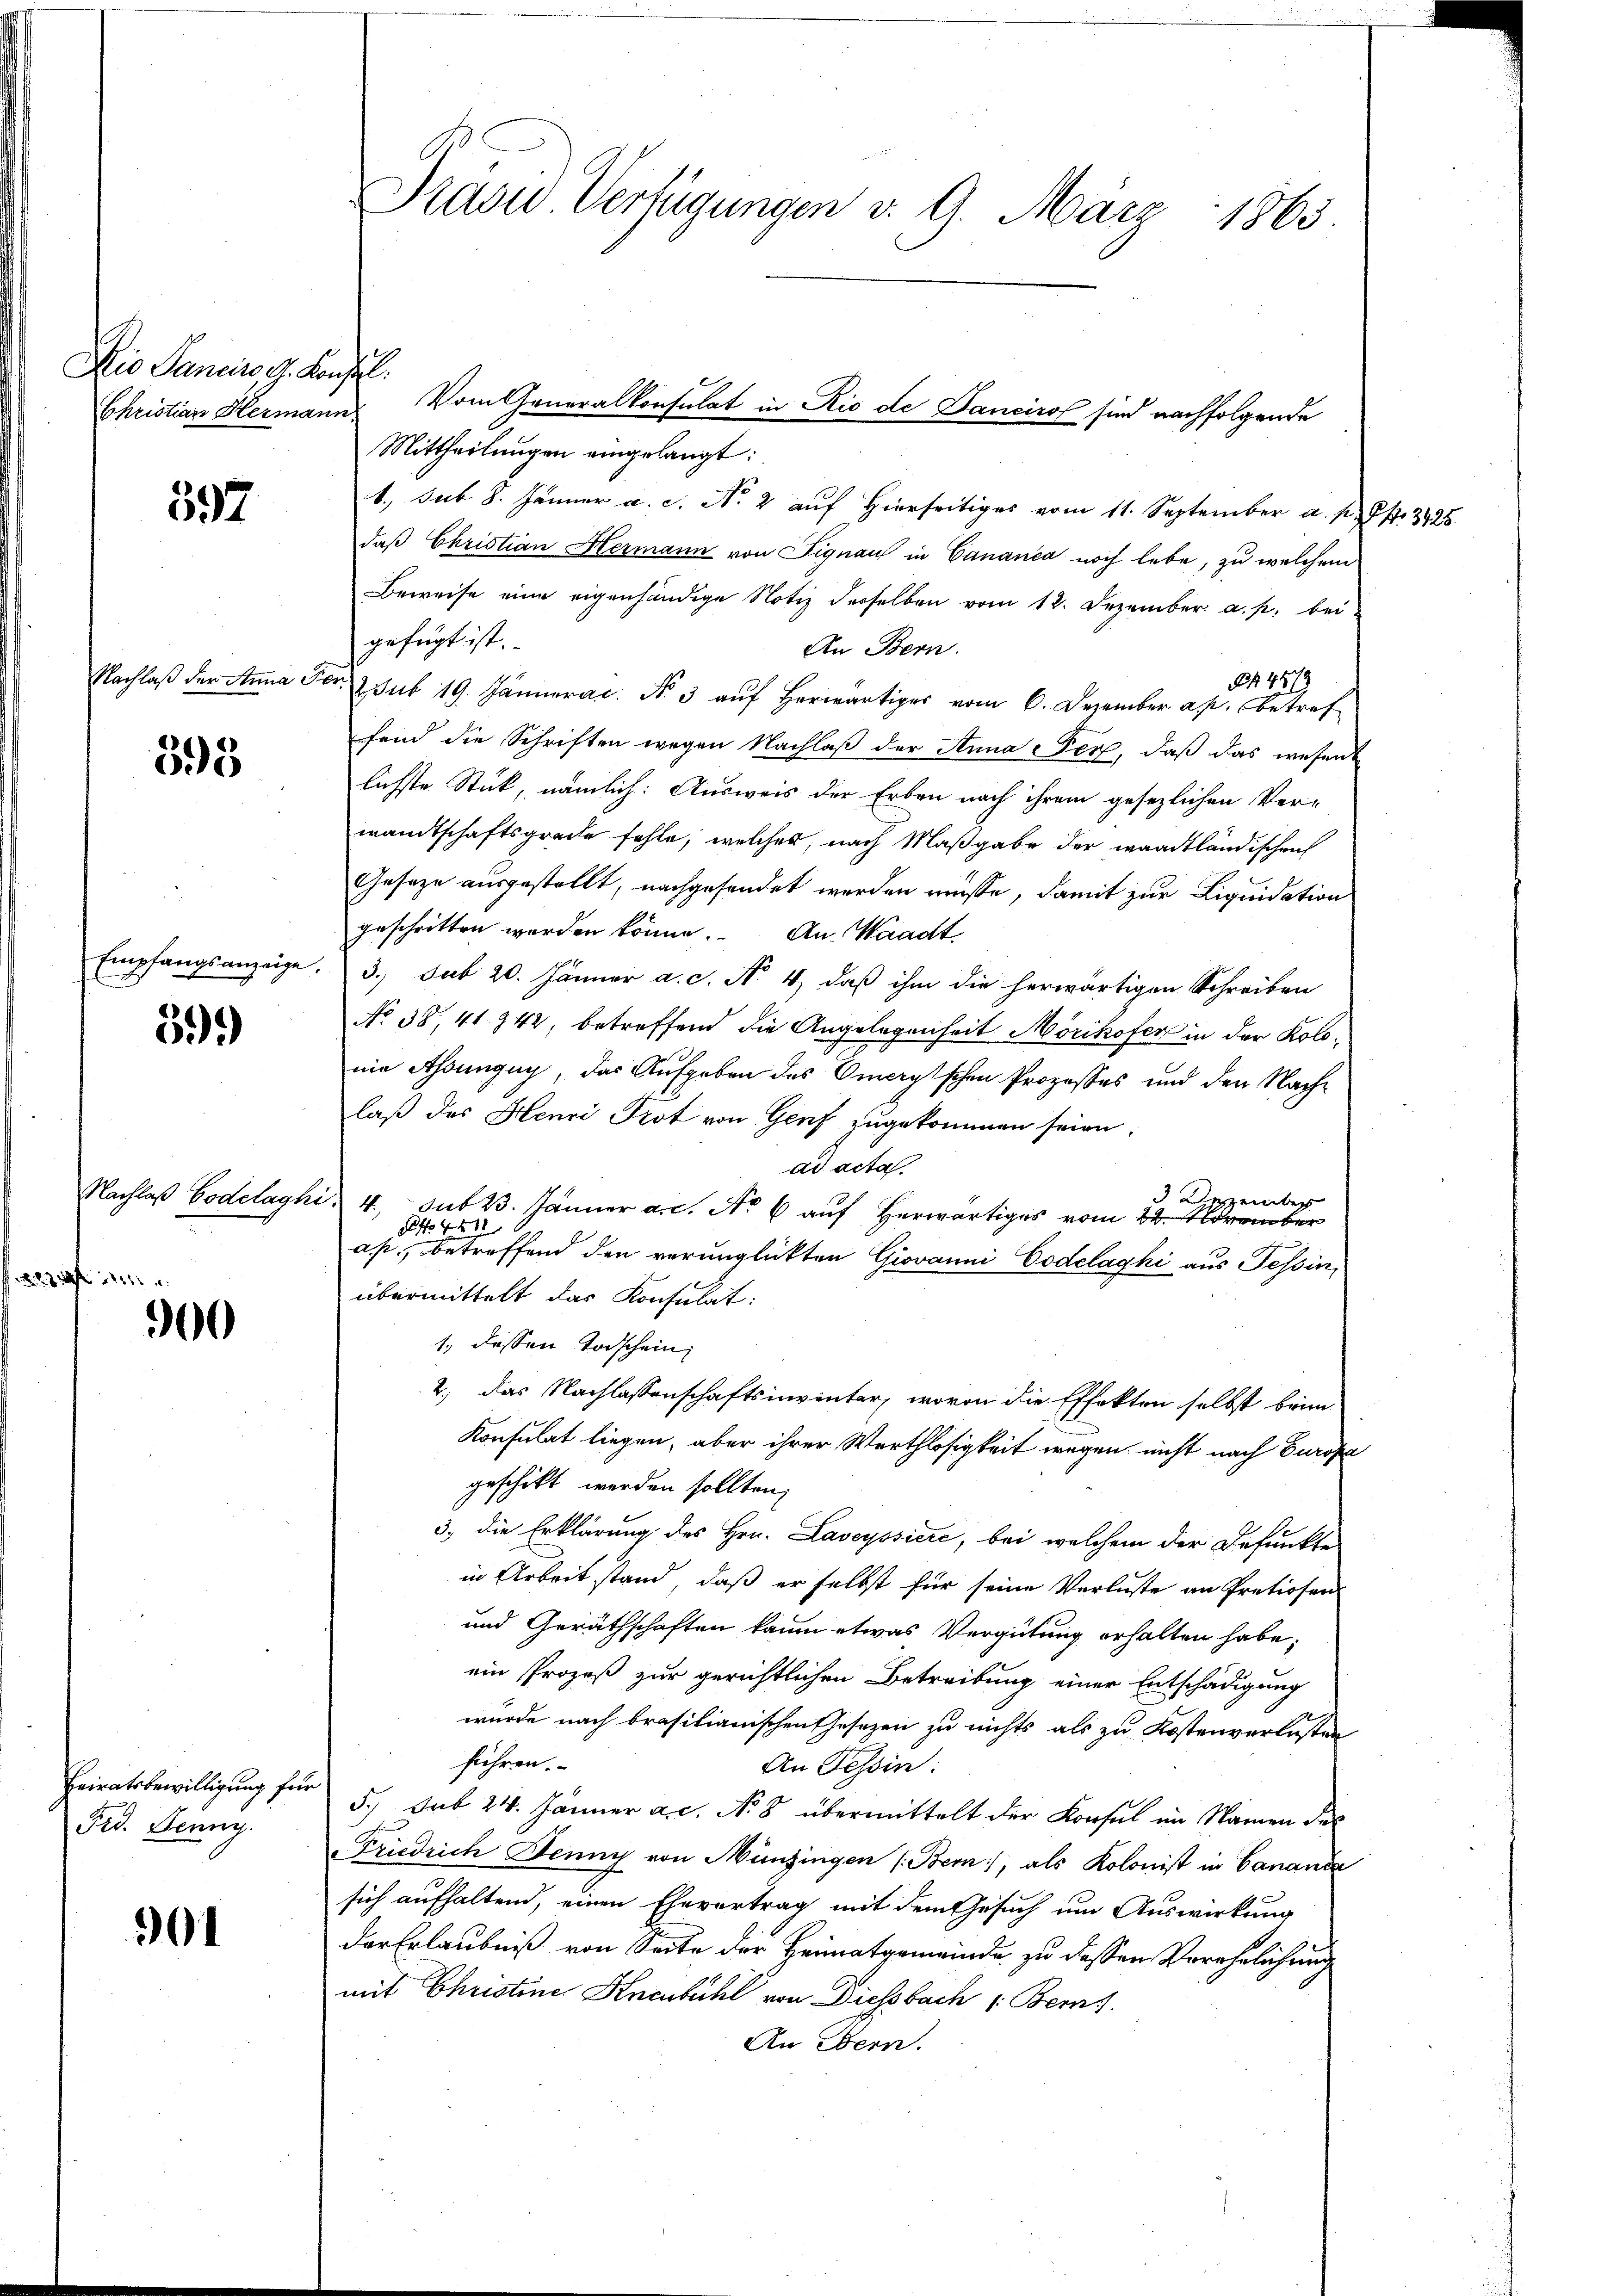
Die Sancino g. Konfl

597

Nachlaß der Anna Fe

598

Empfangsanzeige.

59)

Nachlaß Bodelaghi
 12 x

300

Heiratsbewilligung für
Fid. Jenny.

1

Präsid. Verfügungen v. 9. März 1865.

Mittheilungen eingelangt:
1., sub 8. Jänner a. c. No 2 auf Hierseitiges vom 11. September a. p. Pkt. 3425.
daß Christian Hermann von Fignau in Cananea noch lebe, zu welchem
Beweise eine eigenhändige Notiz derselben vom 12. Dezember. a. p. bei
gefügt ist.
An Bern.
B 4579
 sub 19. Jänneral. No. 3 aŭf herwärtig vom 6. Dezember a. p. betref
fend die Schriften wegen Nachlaß der Anna Fert, daß das wesent
lichste Stück, nämlich: Ausweis der Erben nach ihrem gesezlichen Ver-
wandtschaftsgrade fehle, welches, nach Maßgabe der waadtländischen
Geseze ausgestellt, nachgesendet werden müsse, damit zur Liquidation
geschritten worden könne. An Waadt,
3.) sub 20. Jänner a. c. N. 4, daß ihm die herwärtigen Schreiben
No 38, 41 942, betreffend die Angelegenheit Mörikofer in der Kolonie Assungny, das Aufgaben des Omerytschen Prozesses und den Nachlaß des Henri Trot von Genf zugekommen seien,
ad acta.
3 Dessenber
4. sub 23. Jänner a. c. No 6 auf Herwärtiges vom 22. November
 Nr 421
ap., betreffend den verunglückten Giovanni Codelaghi aus Tessin,
übermittelt das Konsulat:
1. dessen Todschein;
2.) das Nachlassenschaftsinvinter, wovon die Effekten selbst beim
Konsulat liegen, aber ihrer Werthlosigkeit wegen nicht nach Europa
geschickt werden sollten,
3.) die Erklärung des Hrn. Laveyssiere, bei welchem der Befunkte
in Arbeit stand, daß er selbst für seine Verluste an Pretiosen
und Geräthschaften kaum etwas Vergütung erhalten habe;
ein Prozeß zur gerichtlichen Betreibung einer Entschädigung
wurde nach brasilianischen Gesezen zu nichts als zu Kostenverlusten
führen.
An Tessin:
5.) Sab 24. Jänner ac. No 8 übermittelt der Konsul im Namen des
Friedrich Jenny von Münzingen (Bem, als Kolonist in Canand
sich aufhaltend, einen Ehevertrag mit dem Gesuch um Auswirkung
der Erlaubniß von Seite der Heimatgemeinde zu dessen Verehelichung
mit Christine Knenbühl von Diessbach 1. Berns
An Bern.

Christian Hermann. Vom Generalkonsulat in Rio de Danciro sind nachfolgende